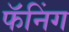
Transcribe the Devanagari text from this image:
फॅनिंग